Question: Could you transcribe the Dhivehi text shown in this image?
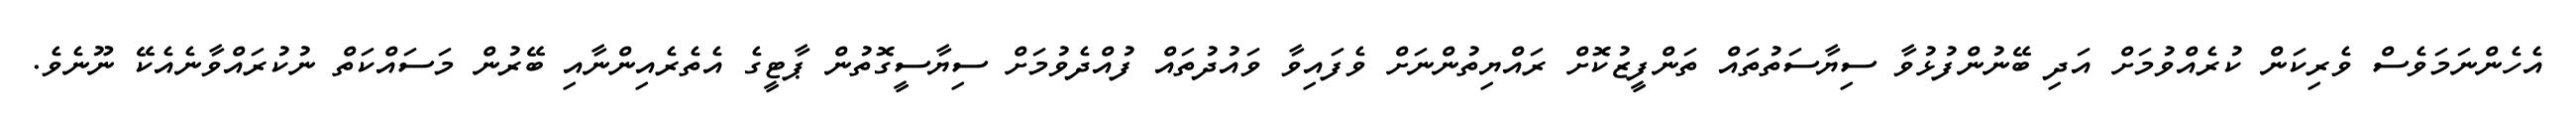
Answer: އެހެންނަމަވެސް ވެރިކަން ކުރެއްވުމަށް އަދި ބޭނުންފުޅުވާ ސިޔާސަތުތައް ތަންފީޒުކޮށް ރައްޔިތުންނަށް ވެފައިވާ ވައުދުތައް ފުއްދެވުމަށް ސިޔާސީގޮތުން ޕާޓީގެ އެތެރެއިންނާއި ބޭރުން މަސައްކަތް ނުކުރައްވާނެއެކޭ ނޫނެވެ.